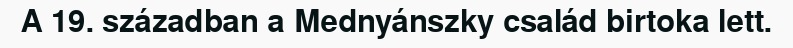
A 19. században a Mednyánszky család birtoka lett.